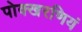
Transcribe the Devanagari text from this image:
पोक्खरणियं